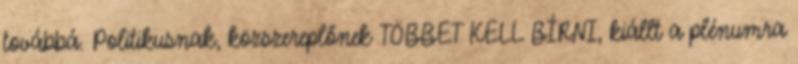
továbbá. Politikusnak, közszereplőnek TÖBBET KELL BÍRNI, kiállt a plénumra